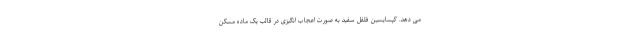
می دهد. کپسایسین فلفل سفید به صورت اعجاب انگیزی در قالب یک ماده مسکن